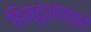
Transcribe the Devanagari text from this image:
हिन्दुशास्त्रों